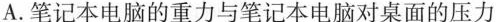
A.笔记本电脑的重力与笔记本电脑对桌面的压力